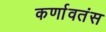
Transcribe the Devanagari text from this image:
कर्णावतंस